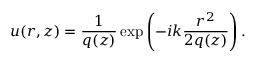
u ( r , z ) = { \frac { 1 } { q ( z ) } } \exp \left( - i k { \frac { r ^ { 2 } } { 2 q ( z ) } } \right) .